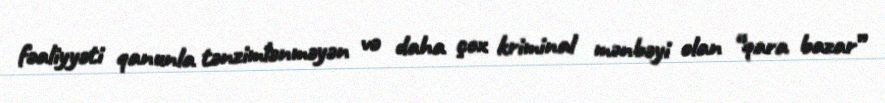
fəaliyyəti qanunla tənzimlənməyən və daha çox kriminal mənbəyi olan “qara bazar”